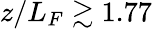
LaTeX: z/L_{F}\gtrsim 1.77